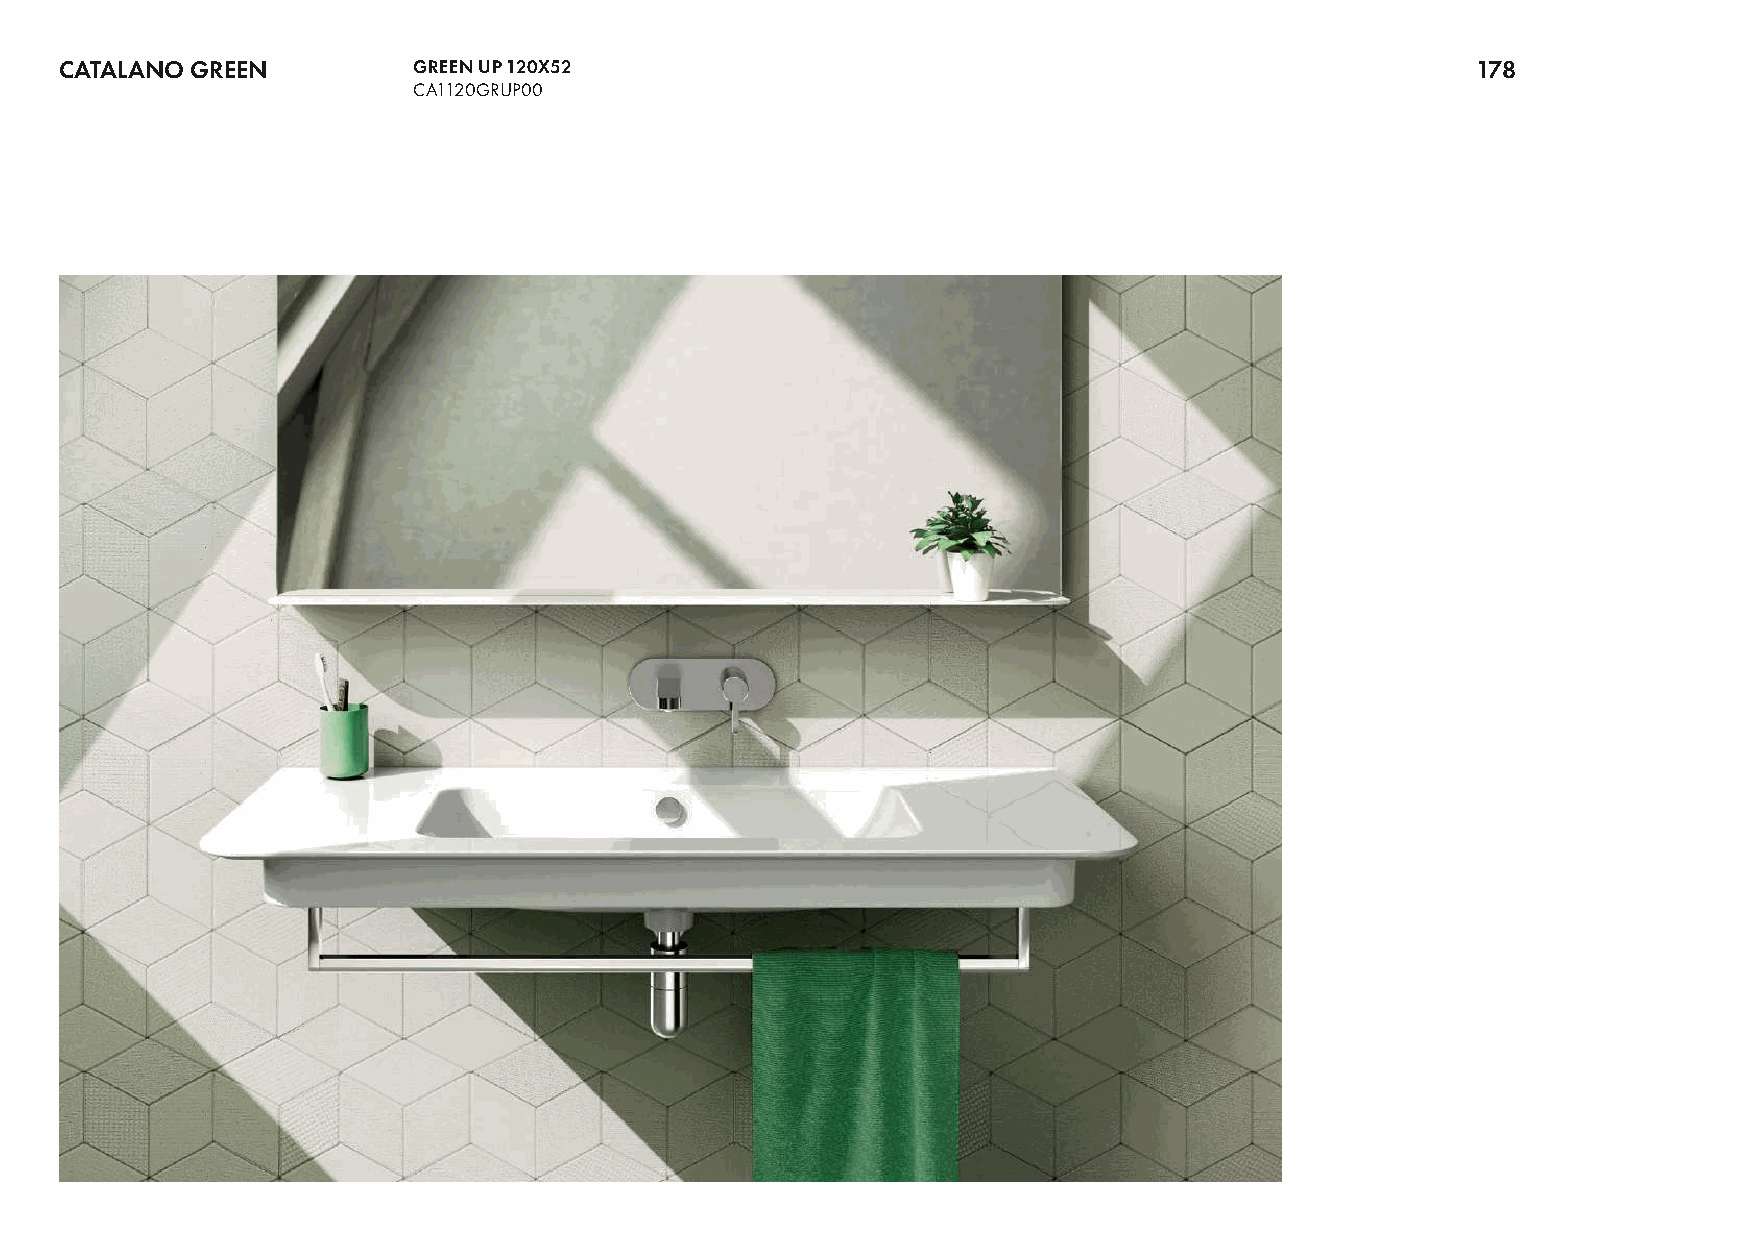
CATALANO GREEN         GREEN UP 120X52                                                        178
 CA1120GRUP00